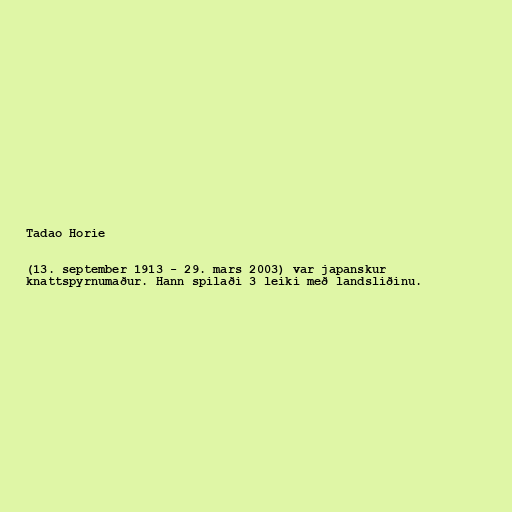
Tadao Horie

(13. september 1913 - 29. mars 2003) var japanskur
knattspyrnumaður. Hann spilaði 3 leiki með landsliðinu.